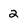
Character: 2